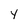
Character: y